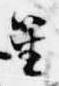
笙